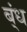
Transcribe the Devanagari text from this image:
ब्ंध